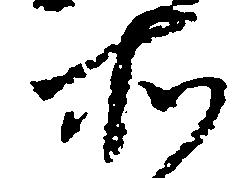
所